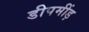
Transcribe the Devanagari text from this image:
डीपमींड़